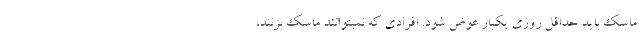
ماسک باید حداقل روزی یکبار عوض شود. افرادی که نمیتوانند ماسک بزنند،